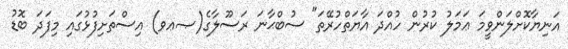
އަނިޔާކޮށްލަންވީމަ ޢަމަލު ކުރުން ހުއްދަ އާޔަތްހުރޭތަ" ސުބްޙާނަ ރަސޫލާގެ(ޞޢވ) އިސްތަށިފުޅުގައި މިފަދަ ބޮޑު